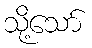
သို့သော်